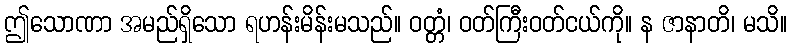
ဤသောဏာ အမည်ရှိသော ရဟန်းမိန်းမသည်။ ဝတ္တံ၊ ဝတ်ကြီးဝတ်ငယ်ကို။ န ဇာနာတိ၊ မသိ။